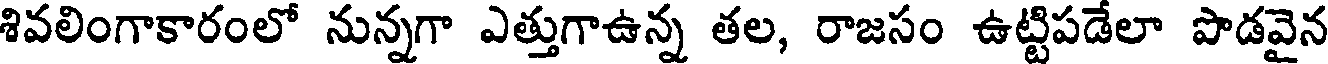
శివలింగాకారంలో నున్నగా ఎత్తుగాఉన్న తల, రాజసం ఉట్టిపడేలా పొడవైన